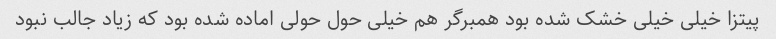
پیتزا خیلی خیلی خشک شده بود همبرگر هم خیلی حول حولی اماده شده بود که زیاد جالب نبود